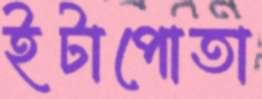
ইটাপোতা